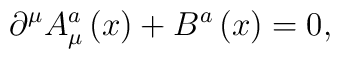
\partial ^\mu A_\mu ^a\left(x\right)+ B^a\left(x\right) =0,